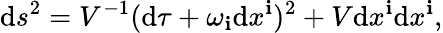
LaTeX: \mathrm{d}s^{2}=V^{-1}(\mathrm{d}\tau+\omega_{\mathbf{i}}\mathrm{d}x^{\mathbf{i}})^{2}+V\mathrm{d}x^{\mathbf{i}}\mathrm{d}x^{\mathbf{i}},